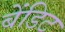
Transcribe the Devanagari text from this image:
बेंडिट